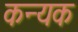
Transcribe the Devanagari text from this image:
कन्यक